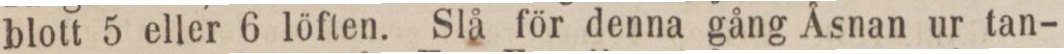
blott 5 eller 6 löften. Slå för denna gång Åsnan ur tan-